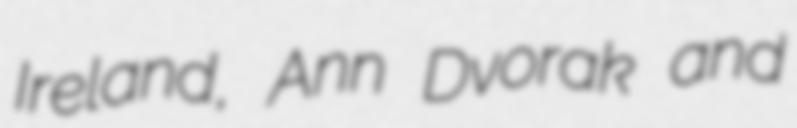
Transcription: Ireland, Ann Dvorak and